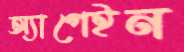
অ্যাগেইন